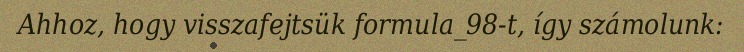
Ahhoz, hogy visszafejtsük formula_98-t, így számolunk: